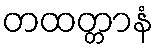
တထတ္တာနံ